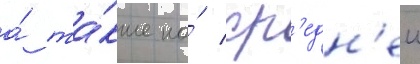
а́ та́кже на́ ср'едн'еи